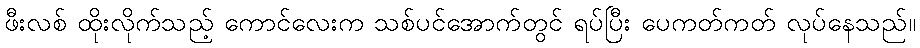
ဖီးလစ် ထိုးလိုက်သည့် ကောင်လေးက သစ်ပင်အောက်တွင် ရပ်ပြီး ပေကတ်ကတ် လုပ်နေသည်။